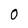
Character: 0